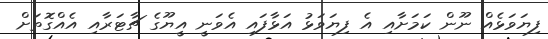
ފިޔަވަޅެއް ނޫން ކަމަށާއި އެ ފިޔަވަޅު އަޅާފައި އެވަނީ އީޔޫގެ ޗާޓަރާއި އެއްގޮތަށް